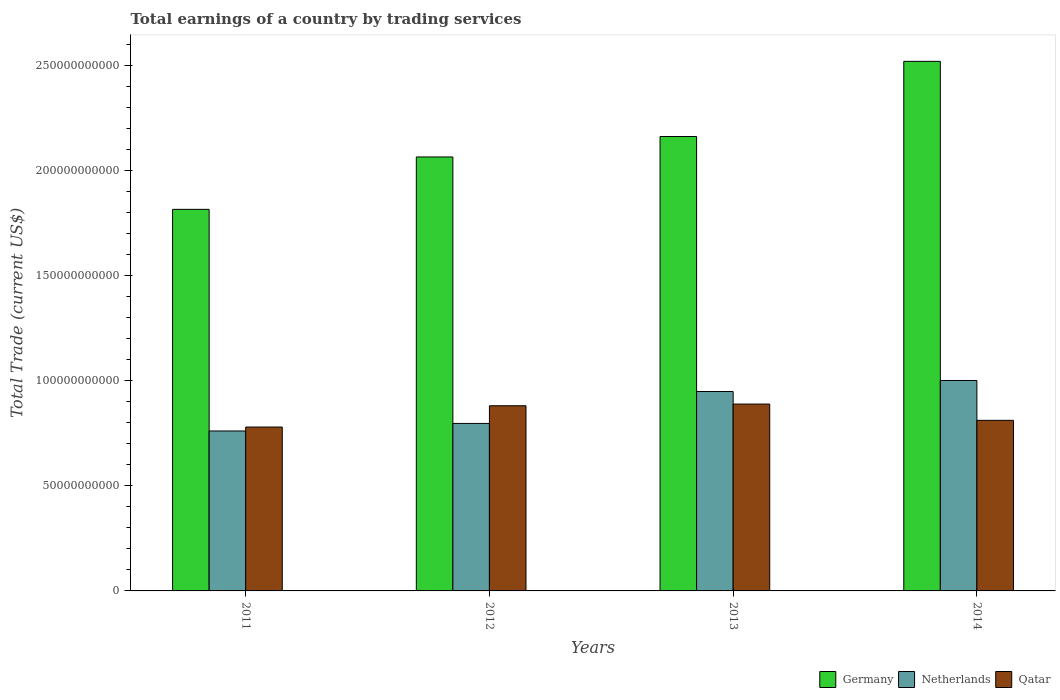
| Years | Germany | Netherlands | Qatar |
 | --- | --- | --- | --- |
 | 2011 | 1.82e+11 | 7.62e+10 | 7.8e+10 |
 | 2012 | 2.07e+11 | 7.98e+10 | 8.82e+10 |
 | 2013 | 2.16e+11 | 9.5e+10 | 8.9e+10 |
 | 2014 | 2.52e+11 | 1e+11 | 8.12e+10 |